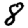
Digit: 8